Insane asylums in Bengal annual reports 1876-1887 - 1876-1887
Year: 1876
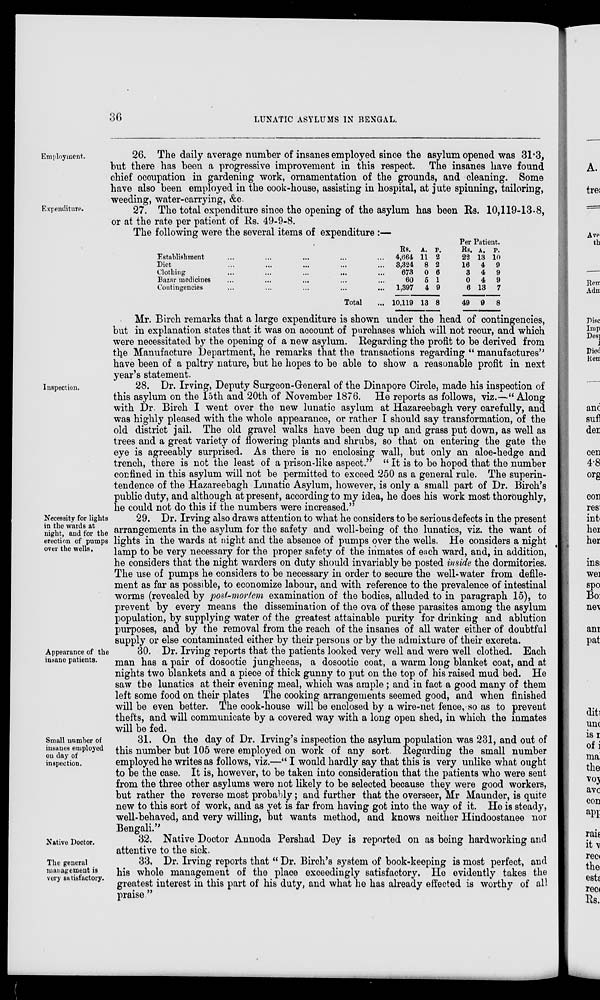
36
LUNATIC ASYLUMS IN BENGAL.
Employment.
26. The daily average number of insanes employed since the asylum opened was 31.3,
but there has been a progressive improvement in this respect. The insanes have found
chief occupation in gardening work, ornamentation of the grounds, and cleaning. Some
have also been employed in the cook-house, assisting in hospital, at jute spinning, tailoring,
weeding, water-carrying, &c.
Expenditure.
27. The total expenditure since the opening of the asylum has been Rs. 10,119-13-8,
or at the rate per patient of Rs. 49-9-8.
The following were the several items of expenditure :—
Establishment ... ... ... ... ...
Diet ... ... ... ... ...
Clothing
...
...
...
...
Bazar medicines ... ... ... ...
Contingencies ... ... ... ...
Total ...
Rs.
4,664
3,324
673
60
1,397
10,119
A.
11
8
0
5
4
13
P.
2
2
6
1
9
8
Per Patient.
Rs.
22
16
3
0
6
49
A.
13
4
4
4
13
9
P.
10
9
9
9
7
8
Mr. Birch remarks that a large expenditure is shown under the head of contingencies,
but in explanation states that it was on account of purchases which will not recur, and which
were necessitated by the opening of a new asylum. Regarding the profit to be derived from
the Manufacture Department, he remarks that the transactions regarding " manufactures''
have been of a paltry nature, but he hopes to be able to show a reasonable profit in next
year's statement.
Inspection.
28. Dr. Irving, Deputy Surgeon-General of the Dinapore Circle, made his inspection of
this asylum on the 15th and 20th of November 1876. He reports as follows, viz.—" Along
with Dr. Birch I went over the new lunatic asylum at Hazareebagh very carefully, and
was highly pleased with the whole appearance, or rather I should say transformation, of the
old district jail. The old gravel walks have been dug up and grass put down, as well as
trees and a great variety of flowering plants and shrubs, so that on entering the gate the
eye is agreeably surprised. As there is no enclosing wall, but only an aloe-hedge and
trench, there is not the least of a prison-like aspect." " It is to be hoped that the number
confined in this asylum will not be permitted to exceed 250 as a general rule. The superin-
tendence of the Hazareebagh Lunatic Asylum, however, is only a small part of Dr. Birch's
public duty, and although at present, according to my idea, he does his work most thoroughly,
he could not do this if the numbers were increased."
Necessity for lights
in the wards at
night, and for the
erection of pumps
over the wells.
29. Dr. Irving also draws attention to what he considers to be serious defects in the present
arrangements in the asylum for the safety and well-being of the lunatics, viz. the want of
lights in the wards at night and the absence of pumps over the wells. He considers a night
lamp to be very necessary for the proper safety of the inmates of each ward, and, in addition,
he considers that the night warders on duty should invariably be posted inside the dormitories.
The use of pumps he considers to be necessary in order to secure the well-water from defile-
ment as far as possible, to economize labour, and with reference to the prevalence of intestinal
worms (revealed by post-mortem examination of the bodies, alluded to in paragraph 15), to
prevent by every means the dissemination of the ova of these parasites among the asylum
population, by supplying water of the greatest attainable purity for drinking and ablution
purposes, and by the removal from the reach of the insanes of all water either of doubtful
supply or else contaminated either by their persons or by the admixture of their excreta.
Appearance of the
insane patients.
30. Dr. Irving reports that the patients looked very well and were well clothed. Each
man has a pair of dosootie jungheeas, a dosootie coat, a warm long blanket coat, and at
nights two blankets and a piece of thick gunny to put on the top of his raised mud bed. He
saw the lunatics at their evening meal, which was ample ; and in fact a good many of them
left some food on their plates The cooking arrangements seemed good, and when finished
will be even better. The cook-house will be enclosed by a wire-net fence, so as to prevent
thefts, and will communicate by a covered way with a long open shed, in which the inmates
will be fed.
Small number of
insanes employed
on day of
inspection.
31. On the day of Dr. Irving's inspection the asylum population was 231, and out of
this number but 105 were employed on work of any sort. Regarding the small number
employed he writes as follows, viz.—" I would hardly say that this is very unlike what ought
to be the case. It is, however, to be taken into consideration that the patients who were sent
from the three other asylums were not likely to be selected because they were good workers,
but rather the reverse most probably; and further that the overseer, Mr Maunder, is quite
new to this sort of work, and as yet is far from having got into the way of it. He is steady,
well-behaved, and very willing, but wants method, and knows neither Hindoostanee nor
Bengali."
Native Doctor.
32. Native Doctor Annoda Pershad Dey is reported on as being hardworking and
attentive to the sick.
The general
management is
very satisfactory.
33. Dr. Irving reports that " Dr. Birch's system of book-keeping is most perfect, and
his whole management of the place exceedingly satisfactory. He evidently takes the
greatest interest in this part of his duty, and what he has already effected is worthy of all
praise "